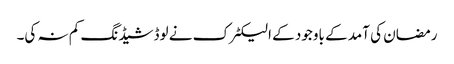
رمضان کی آمد کے باوجود کے الیکٹرک نے لوڈشیڈنگ کم نہ کی۔